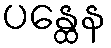
ပန္ထေန